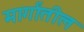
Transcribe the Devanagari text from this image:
मार्गांतील